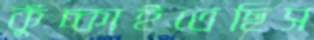
কুঁচ্‌কাইতেছিস